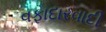
વફાદારવાદી